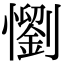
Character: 懰